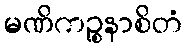
မဏိကဉ္စနာစိတံ